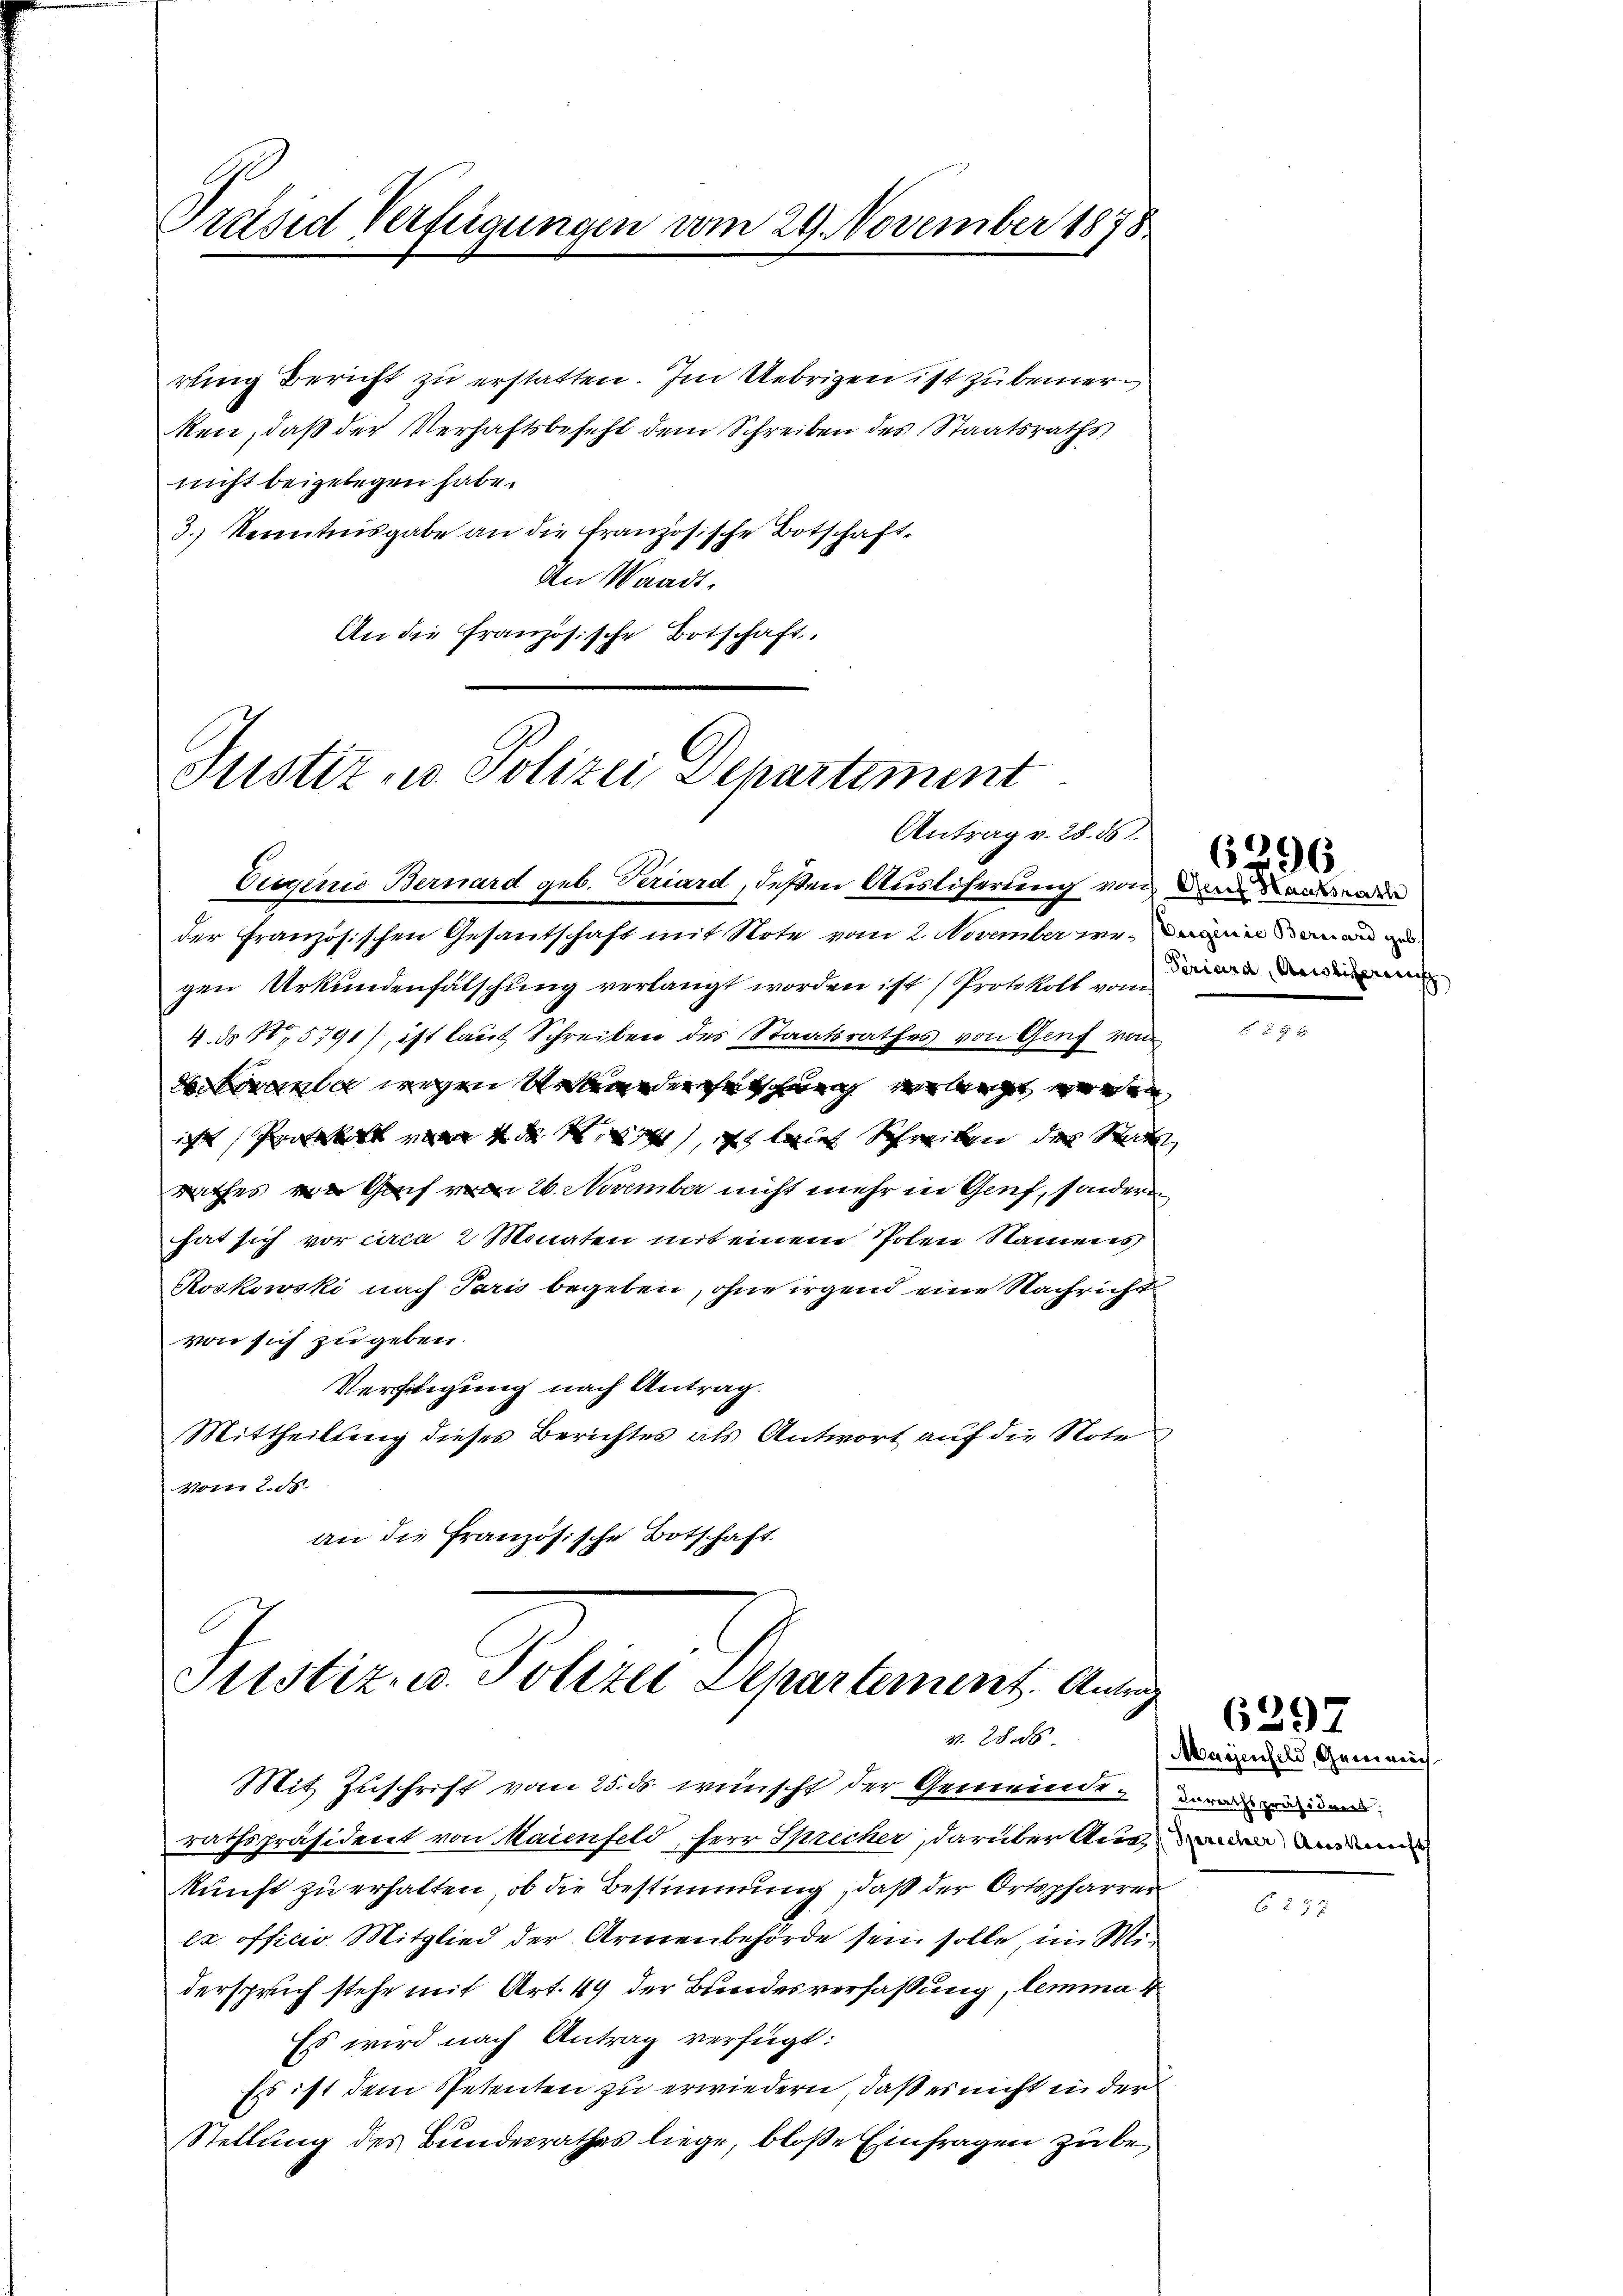
Präsid Verfügungen vom 29. November 1878.

rung Bericht zu erstatten. Im Uebrigen ist zu bemerken, daß der Verhaftsbefehl dem Schreiben des Staatsraths
nicht beigelegen habe.
3.) Nenntnisgabe an die Französische Botschaft
An Waadt,
An die Französische Botschaft.

Justiz- u Polizei Departement
Antrag v. 28. ds.

Eigenie Bernard geb. Feriard, deßen Ausliferung von dem Baden
der Französischen Gesantschaft mit Note vom 2. November erin man
gen Urkundenfälschung verlangt worden ist (Protokoll vom
4. ds 10,5791), ist laut Schreiben des Staatsrathes von Genf von
tirante wegen Seideutschuech verlangt werden
icht Protokoll vom 4. d. M. it, ist leich Schreiben der Staat
rathes Genf vom 26. November nicht mehr in Genf, sondern
hat sich vor circa 2 Monaten mit einem Polen Namens
Koskowski nach Paris begeben, ohne irgend eine Nachricht
von sich zu geben.
Verstigung nach Antrag.
Mittheilung dieses Berichtes als Antwort auf die Noten,
Vom 2. ds.
an die Französische Botschaft.

Justiz- u. Polizei Departement. Antrag
v. 26.

kunft zu erhalten, ob die Bestimmung, daß der Ortspfarrer
ex officio Mitglied der Armenbehörde sein solle, im Midersprich stehe mit Art. 49 der Bundesverfassung, lemma 4
Es wird nach Antrag verfügt:
Es ist dem Petenten zu erwiedern, daß es nicht in der
Stellung des Bundesrathes liege, bloße Einfragen zu be¬

Mit Zuschrift vom 25. ds wünscht der Gemeinde, was mein
rathspräsident von Maienfeld, Herr Sprecher, darüber anden m

Feriera Actierenisch

6296

Maienfeld, Gemeins

6297